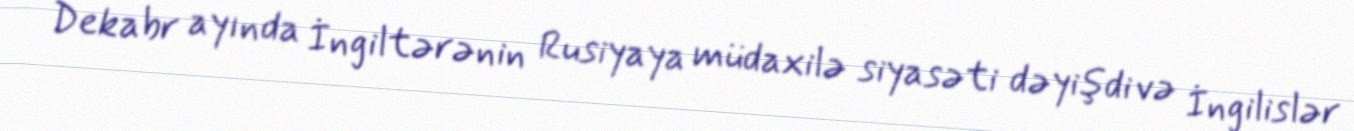
Dekabr ayında İngiltərənin Rusiyaya müdaxilə siyasəti dəyişdi və İngilislər